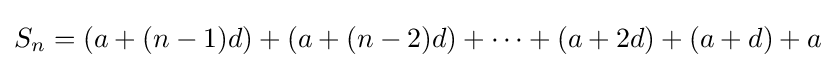
S_{n}=(a+(n-1)d)+(a+(n-2)d)+\dots +(a+2d)+(a+d)+a